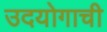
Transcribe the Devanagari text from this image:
उदयोगाची